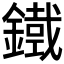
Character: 𮢾